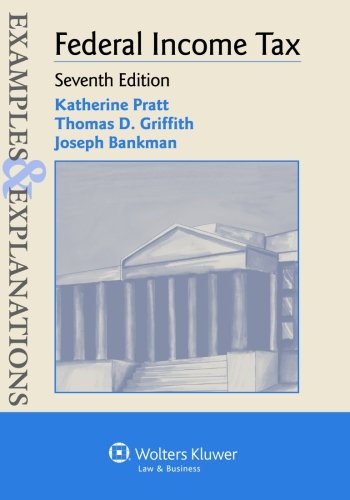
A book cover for Examples & Explanations: Federal Income Taxation; Joseph Bankman; Law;